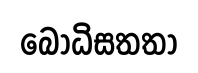
බොධිසතතා